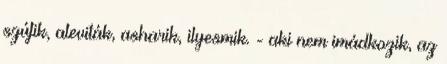
szúfik, aleviták, asharik, ilyesmik. - aki nem imádkozik, az